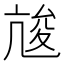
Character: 𠅣